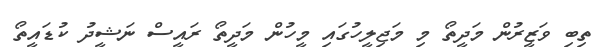
ތިބި ވަޒީރުން މަދީތޯ މި މަޖިލީހުގައި މީހުން މަދީތޯ ރައީސް ނަޝީދު ކުޑައީތޯ